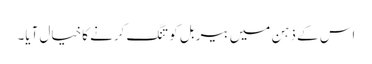
اس کے ذہن میں بیربل کو تنگ کرنے کاخیال آیا۔